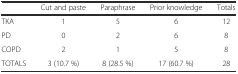
|  | Cut and paste | Paraphrase | Prior knowledge | Totals |
 | --- | --- | --- | --- | --- |
 | TKA | 1 | 5 | 6 | 12 |
 | PD | 0 | 2 | 6 | 8 |
 | COPD | 2 | 1 | 5 | 8 |
 | TOTALS | 3 (10.7 %) | 8 (28.5 %) | 17 (60.7 %) | 28 |